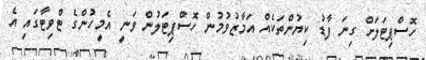
ހޮސްޕިޓަލަށް ގިނަ ފާޑު ކިޔުންތަކެއް އަމާޒުވުމުން ހޮސްޕިޓަލުން ވަނީ އެމީހުންގެ ޓްވިޓާގައި އެ